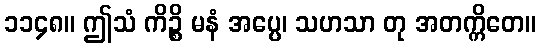
၁၁၄၈။ ဤသံ ကိဉ္စိ မနံ အပ္ပေ၊ သဟသာ တု အတက္ကိတေ။